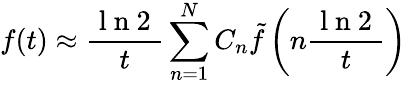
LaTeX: f(t)\approx\frac{\mathrm{~l~n~2~}}{t}\sum_{n=1}^{N}C_{n}\tilde{f}\left(n\frac{\mathrm{~l~n~2~}}{t}\right)